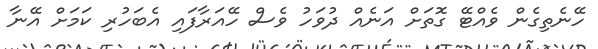
ހޭނެތިގެން ވެއްޓޭ ގޮތަށް އަނެއް ދުވަހު ވެސް ހޭއަރާފައި އެބަހުރި ކަމަށް އޭނާ